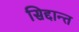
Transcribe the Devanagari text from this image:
सिद्दान्त